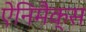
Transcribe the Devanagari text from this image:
ऐनिमैक्स